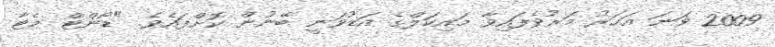
2009 ވަނަ އަހަރު މަރުވެފައިވާ މައިކަލްގެ އަޑުވަނީ ބޭނުން ކޮށްފައެވެ. "ޑޯންޓް މެޓާ